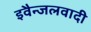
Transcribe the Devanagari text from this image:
इवैन्जलवादी